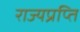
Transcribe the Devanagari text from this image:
राज्यप्रप्ति